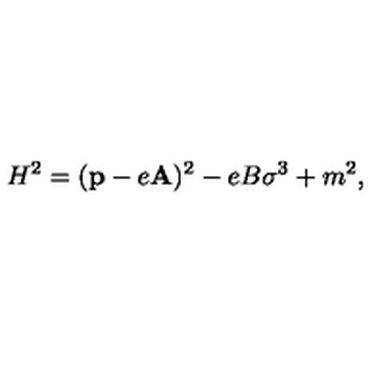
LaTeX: H ^ { 2 } = ( { \bf p } - e { \bf A } ) ^ { 2 } - e B \sigma ^ { 3 } + m ^ { 2 } ,